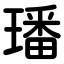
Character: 璠